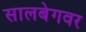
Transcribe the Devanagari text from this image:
सालबेगवर